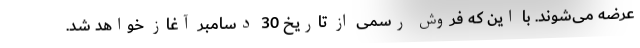
عرضه می‌شوند. با این که فروش رسمی از تاریخ 30 دسامبر آغاز خواهد شد.